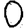
Digit: 0